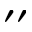
^ { \prime \prime }